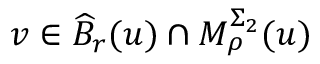
v \in \widehat { B } _ { r } ( u ) \cap M _ { \rho } ^ { \Sigma _ { 2 } } ( u )